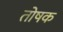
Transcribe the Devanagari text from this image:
तोषक